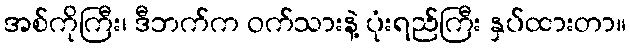
အစ်ကိုကြီး၊ ဒီဘက်က ဝက်သားနဲ့ ပုံးရည်ကြီး နှပ်ထားတာ။